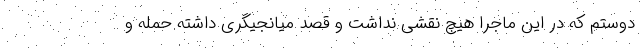
دوستم که در این ماجرا هیچ نقشی نداشت و قصد میانجیگری داشته حمله و